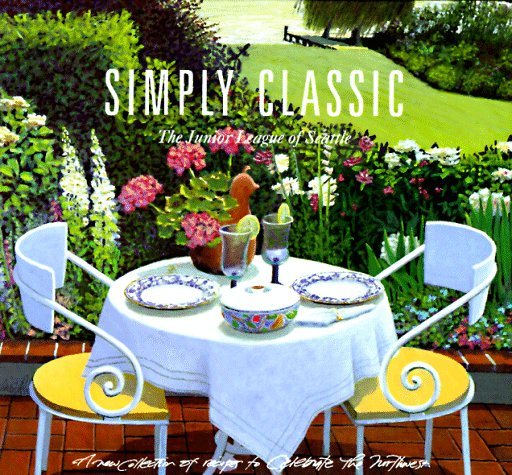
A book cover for Simply Classic: A New Collection of Recipes to Celebrate the Northwest; Cookbooks, Food & Wine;